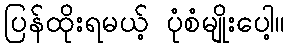
ပြန်ထိုးရမယ့် ပုံစံမျိုးပေါ့။